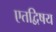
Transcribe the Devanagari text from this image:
एतद्विषय